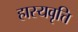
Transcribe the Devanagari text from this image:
हास्यवृत्ति